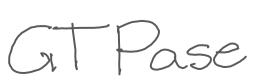
Text: GTPase
Cross-out: clean
Writing tool: digital_gray